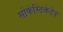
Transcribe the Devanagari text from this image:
सोफेस्टिकेटेड